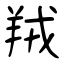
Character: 羢